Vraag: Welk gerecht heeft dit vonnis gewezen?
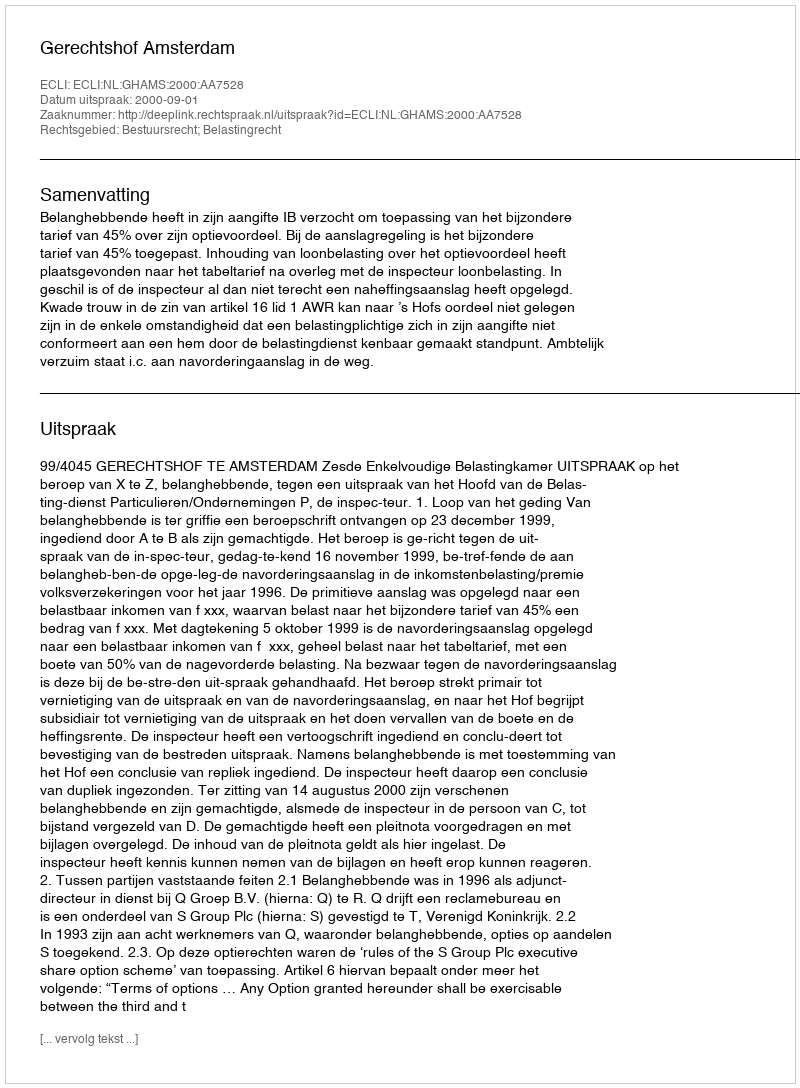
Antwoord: Gerechtshof Amsterdam